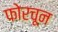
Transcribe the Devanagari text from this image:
फोरचून